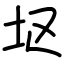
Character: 𫭟